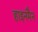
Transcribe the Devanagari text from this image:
हाइनमैन